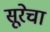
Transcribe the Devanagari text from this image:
सूरेचा